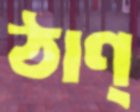
ঠাণ্